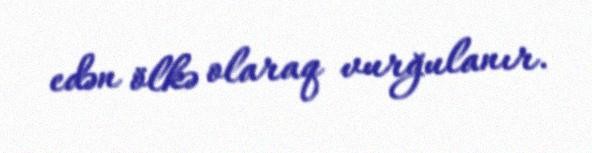
edən ölkə olaraq vurğulanır.